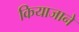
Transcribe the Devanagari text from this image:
कियाजाने